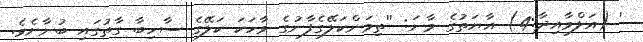
' (އަލްމާއިދާ:4) އާޔަތުގެ މާނަ: ''ތިމަންކަލޭގެފާނުގެ ވާހަކަ ކަލޭގެ ސާހިބާ ގާތުގައި ބުނާށެވެ.